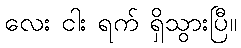
လေး ငါး ရက် ရှိသွားပြီ။